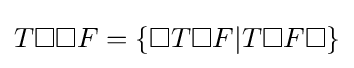
T\square \square F=\{\square T\square F|T\square F\square \}